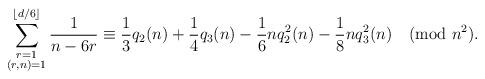
LaTeX: \begin{align*}\sum_{\substack{r=1\\ (r,n)=1}}^{\lfloor d/6\rfloor}\frac{1}{n-6r}\equiv \frac{1}{3}q_2(n)+\frac{1}{4}q_3(n)-\frac{1}{6}nq_2^2(n)-\frac{1}{8}nq_3^2(n) \pmod{n^2}.\end{align*}